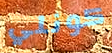
كونلي